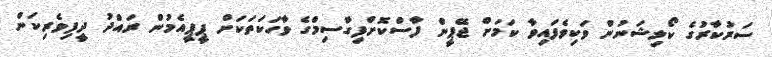
ސަރުކާރުގެ ކޯލިޝަނުން ވަކިވެފައިވާ ކަމަށް ޖޭޕީން ފާސްކޮށްފިގާސިމްގެ ވާހަކަތަކަށް ޕީޕީއެމުން ރައްދު ދީފިވެރިކަން